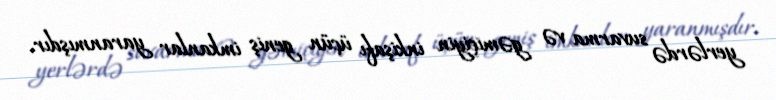
yerlərdə suvarma və gəmiçiyin inkişafı üçün geniş imkanlar yaranmışdır.